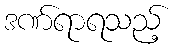
ဒဏ်ရာရသည့်